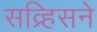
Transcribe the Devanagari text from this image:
सव्र्हिसने